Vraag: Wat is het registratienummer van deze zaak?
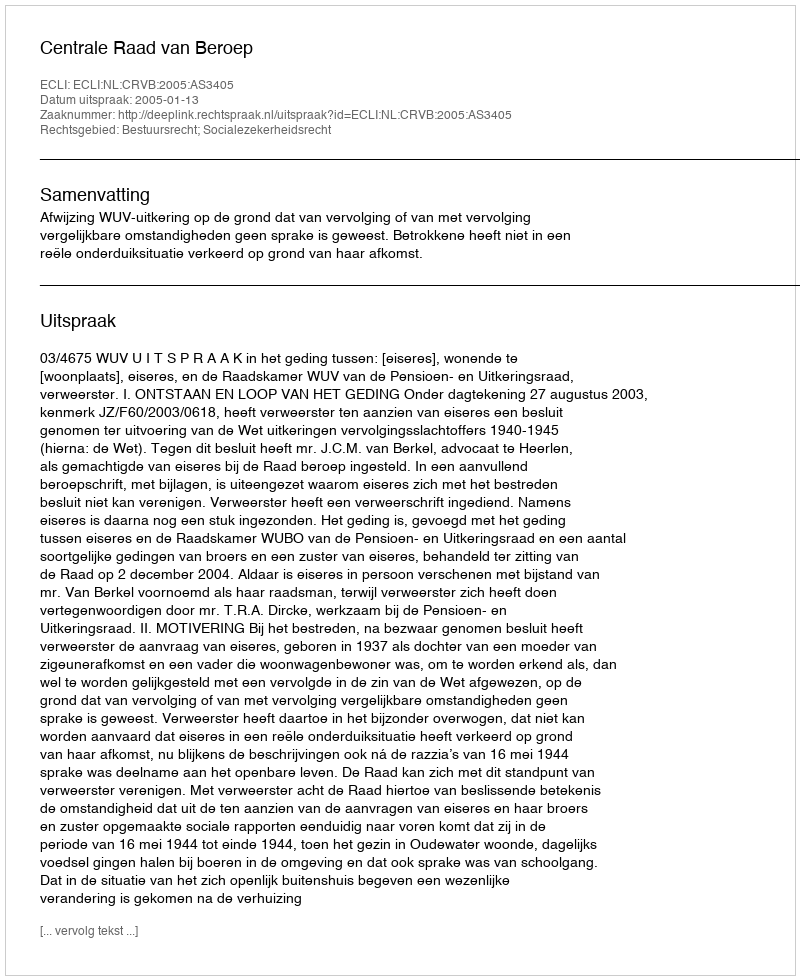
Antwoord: http://deeplink.rechtspraak.nl/uitspraak?id=ECLI:NL:CRVB:2005:AS3405